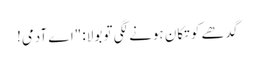
گدھے کو تکان ہونے لگی تو بولا: "اے آدمی!